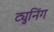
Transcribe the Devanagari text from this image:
ट्युनिंग